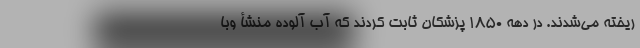
ریخته می‌شدند. در دهه ۱۸۵۰ پزشکان ثابت کردند که آب آلوده منشأ وبا